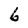
Character: 6